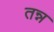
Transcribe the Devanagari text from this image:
तन्न